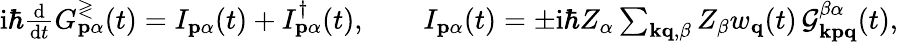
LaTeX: \begin{array}{r}{\mathrm{i}\hbar\frac{\mathrm{d}}{\mathrm{d}t}G_{\mathbf{p}\alpha}^{\gtrless}(t)=I_{\mathbf{p}\alpha}(t)+I_{\mathbf{p}\alpha}^{\dagger}(t),\qquad I_{\mathbf{p}\alpha}(t)=\pm\mathrm{i}\hbar Z_{\alpha}\sum_{\mathbf{kq},\beta}Z_{\beta}w_{\mathbf{q}}(t)\, \mathcal{G}_{\mathbf{kpq}}^{\beta\alpha}(t),}\end{array}